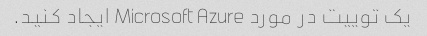
یک توییت در مورد Microsoft Azure ایجاد کنید.